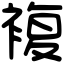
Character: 複